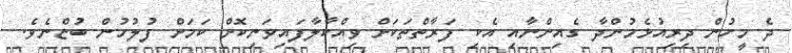
ދެ މީހުން ދިރިއުޅެމުންދާ ގެއިންނާއި އެކި ފަރާތްތަކަށް ވިއްކާލާފައިވަނިކޮށް ކަމަށް ފުލުހުން ބުޏްނެވެ.